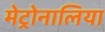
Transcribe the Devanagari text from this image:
मेट्रोनालिया